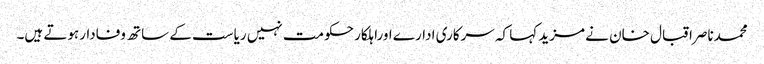
محمدناصراقبال خان نے مزید کہا کہ سرکاری ادارے اوراہلکار حکومت نہیں ریاست کے ساتھ وفادارہوتے ہیں۔